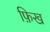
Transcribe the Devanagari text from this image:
फ़िख